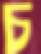
চ